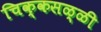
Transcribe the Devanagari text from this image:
चिक्कसळ्ळी